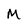
Character: M